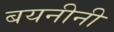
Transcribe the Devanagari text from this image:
बयनीनी